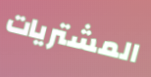
المشتريات